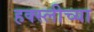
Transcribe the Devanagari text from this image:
हक्स्लीच्या